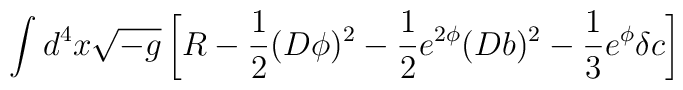
\int d^{4}x \sqrt{-g} \left [ R-\frac{1}{2}(D\phi)^{2}-\frac{1}{2} e^{2\phi}(Db)^{2}-\frac{1}{3} e^{\phi}\delta c \right ]